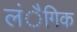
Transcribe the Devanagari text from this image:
लंैगिक